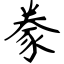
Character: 豢